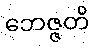
ဘေဇ္ဇတိ